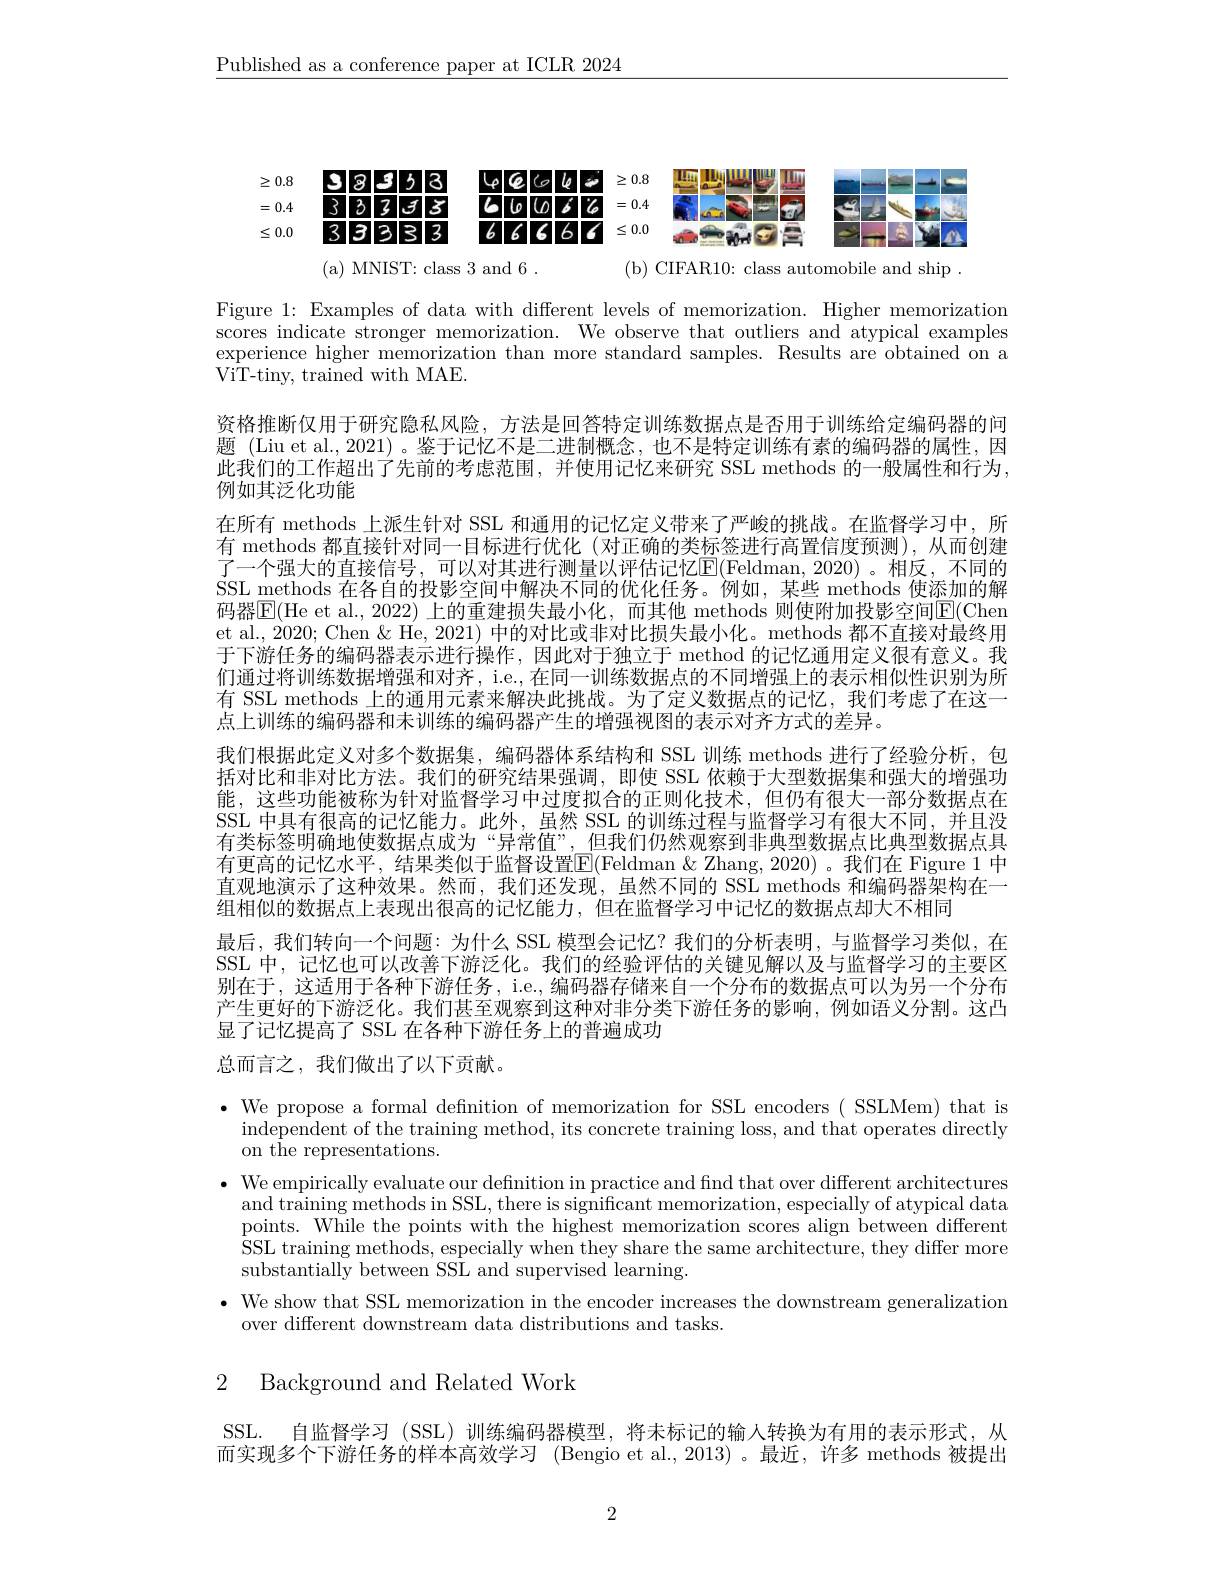
$\underline{\text{Published as a conference paper at ICLR 2024}}$

## $\geq0.8$
38353466620.8 అలుప్తుల్తు విం
## =0.4
3333335566666666666666894666
$\leq 0. 0$ 333333 $666666^{2}\leq 0. 0$ mernger =-1-242

( a) MNIST: class 3 and 6.

(b) CIFAR10: class automobile and ship .

Figure 1: Examples of data with different levels of memorization. Higher memorization scores indicate stronger memorization. We observe that outliers and atypical examples experience higher memorization than more standard samples. Results are obtained on a $\bar{\mathrm{ViT-tiny,~trained~with~MAE.}}$

资格推断仅用于研究隐私风险，方法是回答特定训练数据点是否用于训练给定编码器的问题 (Liu et al., 2021) 。鉴于记忆不是二进制概念，也不是特定训练有素的编码器的属性，因此我们的工作超出了先前的考虑范围，并使用记忆来研究 SSL methods 的一般属性和行为， 例如其泛化功能
在所有 methods 上派生针对 SSL 和通用的记忆定义带来了严峻的挑战。在监督学习中，所有 methods 都直接针对同一目标进行优化(对正确的类标签进行高置信度预测),从而创建了一个强大的直接信号，可以对其进行测量以评估记忆E(Feldman,2020)。相反，不同的SSL methods 在各自的投影空间中解决不同的优化任务。例如，某些 methods 使添加的解码器$\overline{\mathrm{E}}($He et al., 2022) 上的重建损失最小化，而其他 methods 则使附加投影空间$\overline{\mathrm{E}}($Chen et al., 2020; Chen & Chen & He, 2021) 中的对比或非对比损失最小化。methods 都不直接对最终用于下游任务的编码器表示进行操作，因此对于独立于 method 的记忆通用定义很有意义。我们通过将训练数据增强和对齐，i.e., 在同一训练数据点的不同增强上的表示相似性识别为所有 SSL methods 上的通用元素来解决此挑战。为了定义数据点的记忆，我们考虑了在这一点上训练的编码器和未训练的编码器产生的增强视图的表示对齐方式的差异。
我们根据此定义对多个数据集，编码器体系结构和 SSL 训练 methods 进行了经验分析，包括对比和非对比方法。我们的研究结果强调，即使 SSL 依赖于大型数据集和强大的增强功能，这些功能被称为针对监督学习中过度拟合的正则化技术，但仍有很大一部分数据点在SSL 中具有很高的记忆能力。此外，虽然 SSL 的训练过程与监督学习有很大不同，并且没有类标签明确地使数据点成为“异常值”,但我们仍然观察到非典型数据点比典型数据点具有更高的记忆水平，结果类似于监督设置$\boxed{\mathrm{E}}($Feldman &Zhang, 2020)。我们在 Figure 1 中直观地演示了这种效果。然而，我们还发现，虽然不同的 SSL methods 和编码器架构在一组相似的数据点上表现出很高的记忆能力，但在监督学习中记忆的数据点却大不相同
最后，我们转向一个问题：为什么 SSL 模型会记忆？我们的分析表明，与监督学习类似，在SSL 中，记忆也可以改善下游泛化。我们的经验评估的关键见解以及与监督学习的主要区别在于，这适用于各种下游任务，i.e., 编码器存储来自一个分布的数据点可以为另一个分布产生更好的下游泛化。我们甚至观察到这种对非分类下游任务的影响，例如语义分割。这凸显了记忆提高了 SSL 在各种下游任务上的普遍成功

总而言之，我们做出了以下贡献。

$\bullet$ We propose a formal definition of memorization for SSL encoders( SSLMem) that is
independent of the training method, its concrete training loss, and that operates directly
on the representations.
$\bullet$ We empirically evaluate our defnition in practice and find that over different architectures
and training methods in SSL, there is significant memorization, especially of atypical data points. While the points with the highest memorization scores align between different SSL training methods, especially when they share the same architecture, they differ more substantially between SSL and supervised learning.
· We show that SSL memorization in the encoder increases the downstream generalization
over different downstream data distributions and tasks.

# 2 Background and Related Work

SSL. 自监督学习 (SSL)训练编码器模型，将未标记的输入转换为有用的表示形式，从而实现多个下游任务的样本高效学习 (Bengio et al.,2013) 。最近，许多 methods 被提出

2